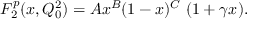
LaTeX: F _ { 2 } ^ { p } ( x , Q _ { 0 } ^ { 2 } ) = A x ^ { B } ( 1 - x ) ^ { C } ~ ( 1 + \gamma x ) .